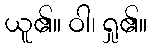
ယူ၏။ ဝါ၊ ရှု၏။